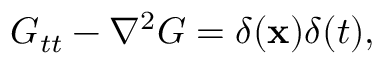
G _ { t t } - \nabla ^ { 2 } G = \delta ( \mathbf { x } ) \delta ( t ) ,